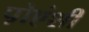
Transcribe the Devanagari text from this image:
प़ोएंशी